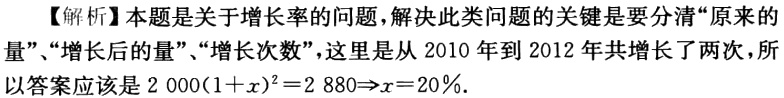
【解析】本题是关于增长率的问题，解决此类问题的关键是要分清“原来的量”、“增长后的量”、“增长次数”，这里是从 2010 年到 2012 年共增长了两次，所以答案应该是\(2000(1 + x)^{2}=2880\Rightarrow x = 20\%\)。